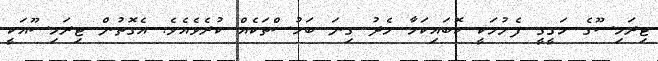
ޓިރަމިސޫގެ ހަގީގީ ފެށުމަކީ ކޮބައިކަމާ މެދު ގިނަ ބަހުސްތަކެއް ކުރެވެއެވެ. އެގޮތުން ޓިރަމިސޫއަކީ